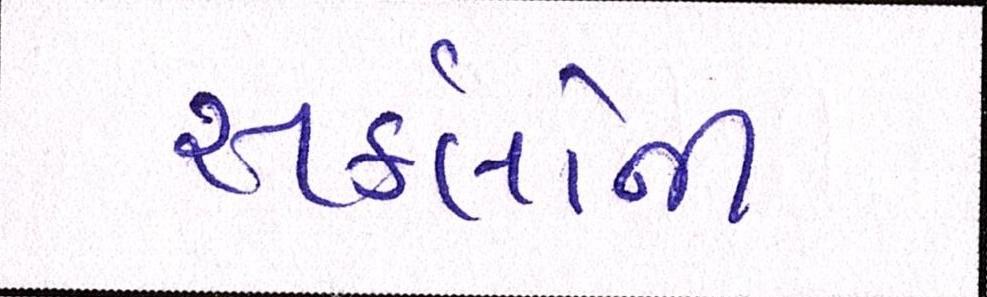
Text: સર્કલોની